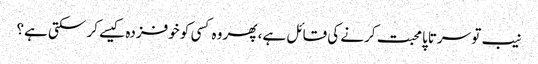
نیب تو سرتاپا محبت کرنے کی قائل ہے، پھر وہ کسی کو خوفزدہ کیسے کر سکتی ہے؟